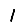
Digit: 1